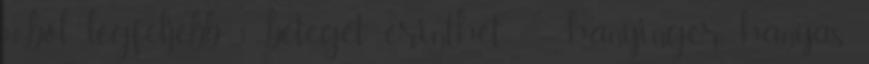
10-ből legfeljebb 1 beteget érinthet : - hányinger, hányás